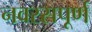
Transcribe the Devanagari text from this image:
नवरसपूर्ण